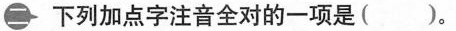
二 下列加点字注音全对的一项是( )。